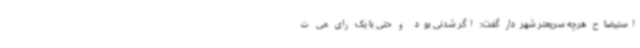
استیضاح هرچه سریعتر شهردار گفت: اگر شدنی بود و حتی با یک رای می ت